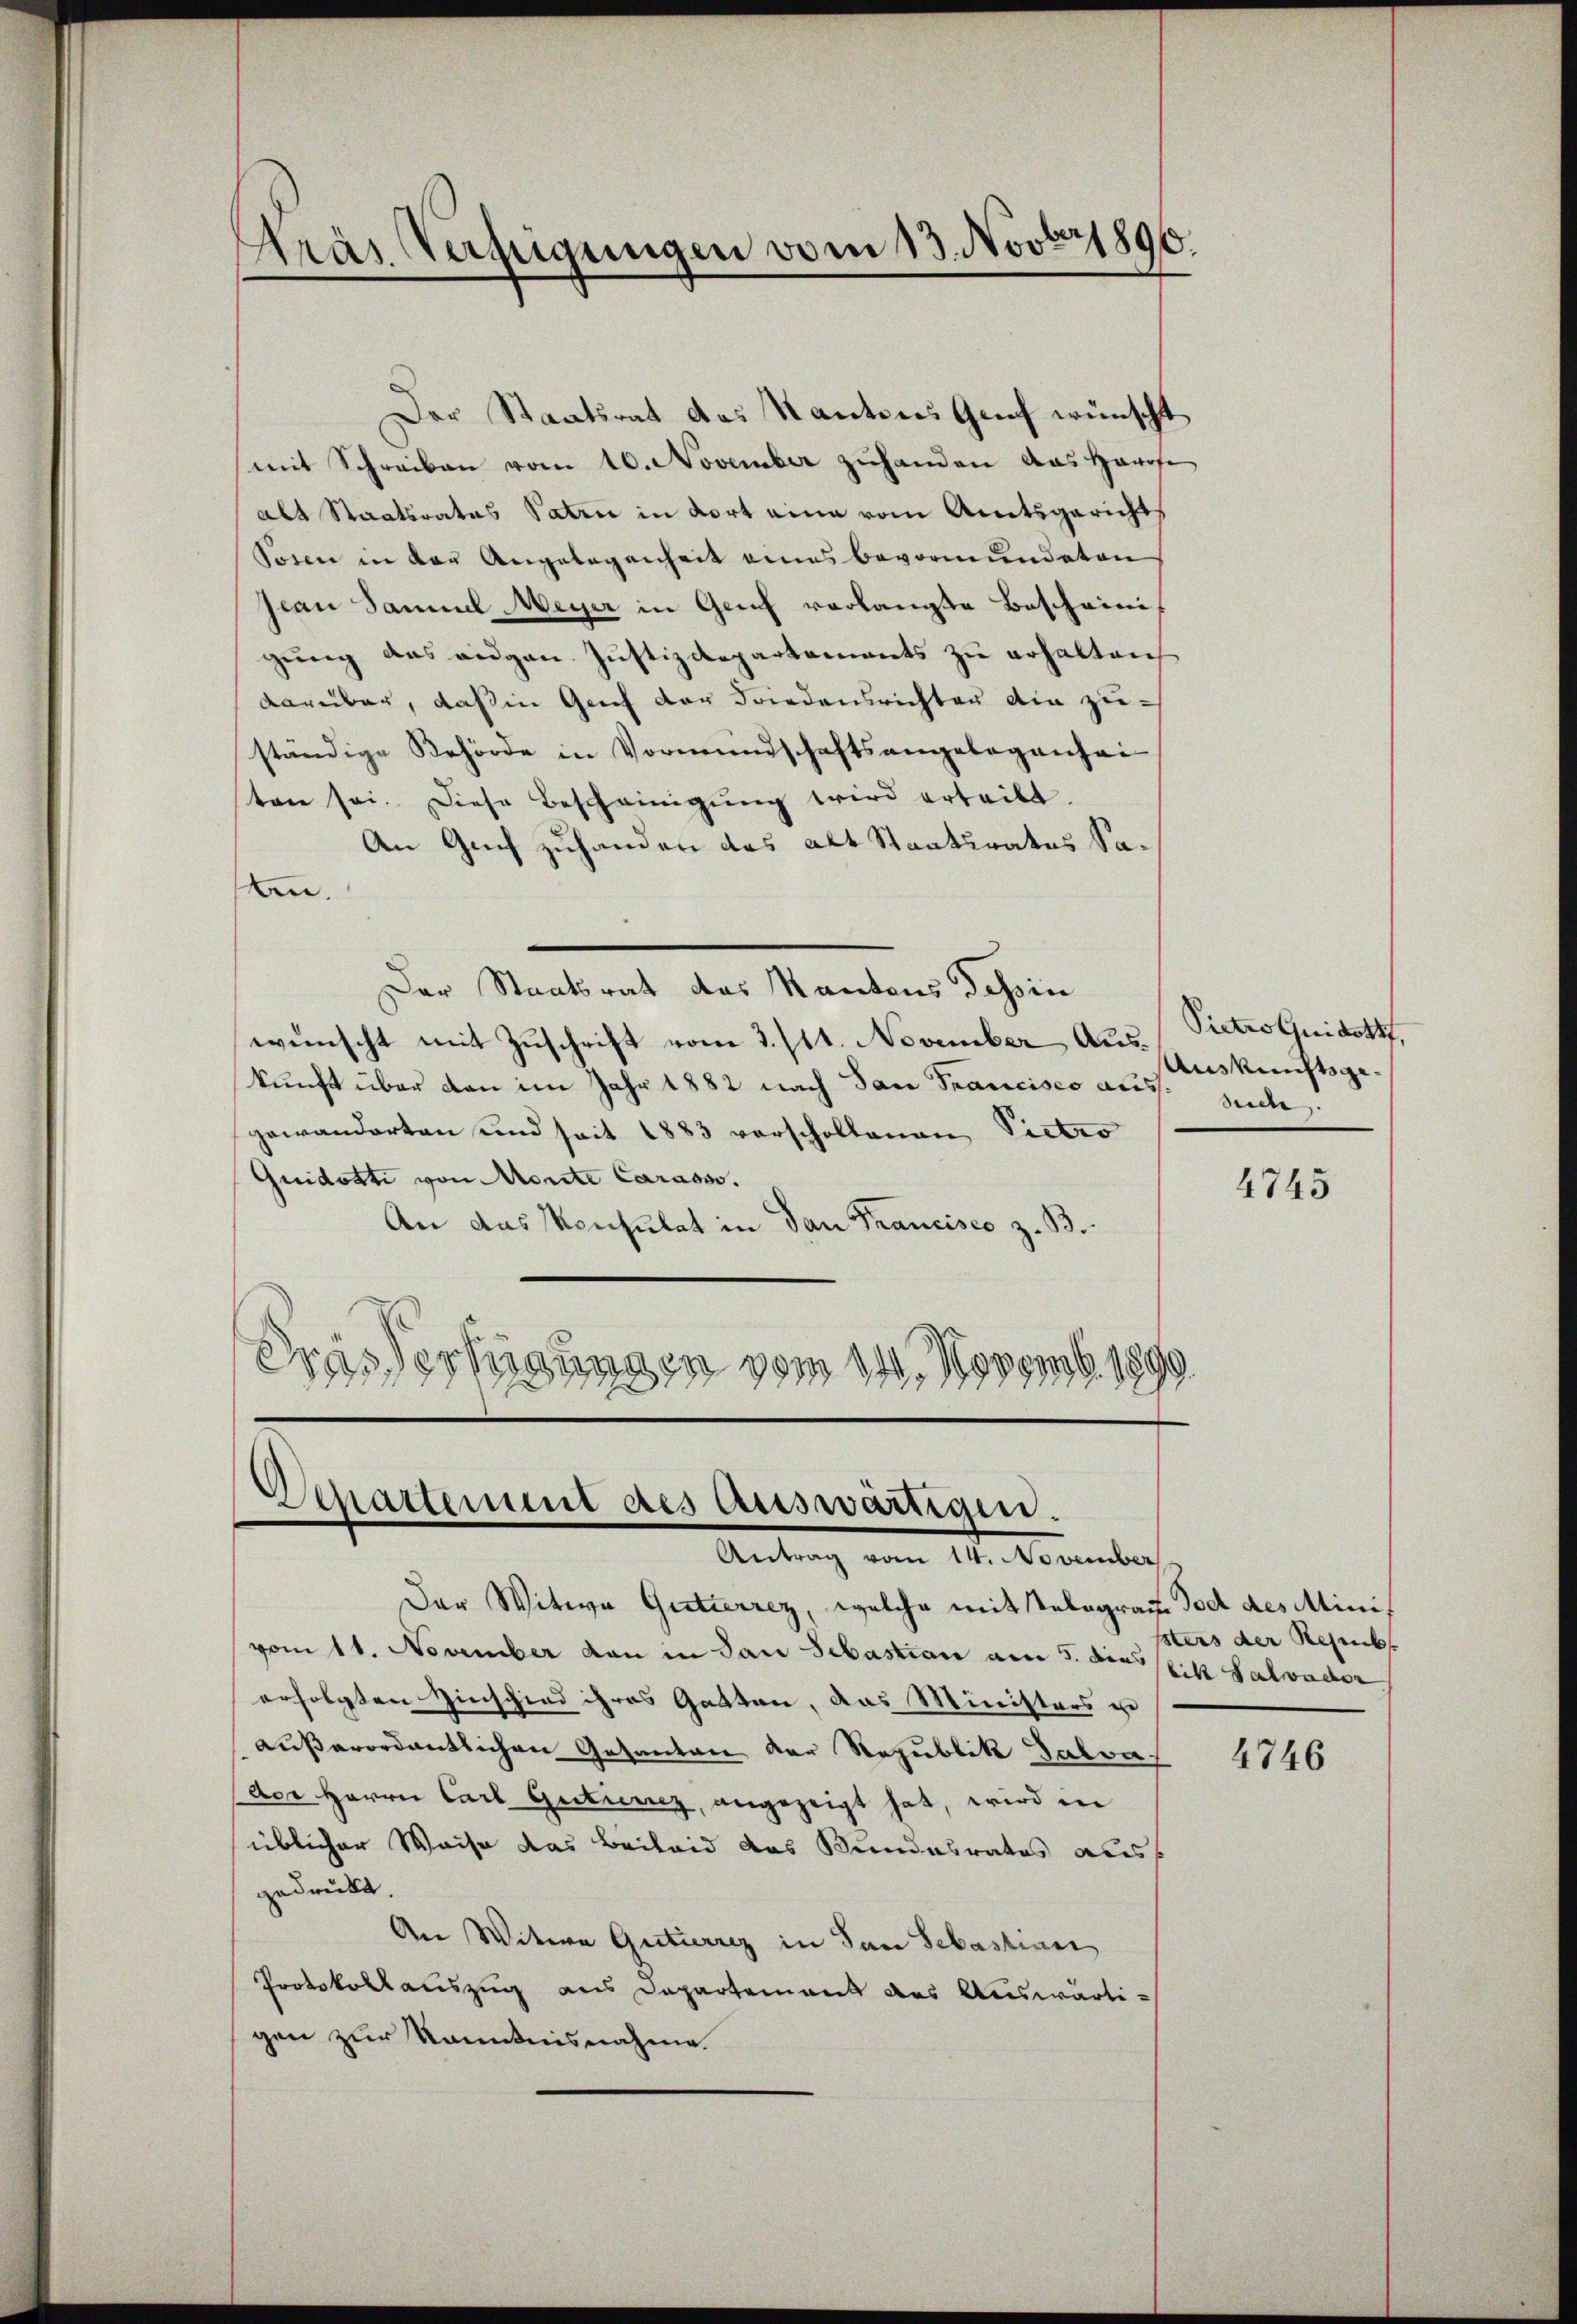
Aräs Verfügungen vom 13. Novbr 1890.

Der Staatsrat des Kantons Genf wünscht
mit Schreiben vom 10. November zuhanden das Harofe
als Staatsrates Paten in dort eine vom Amtsgerichts
Tosen in der Angelegenheit eines bevormundeten
Jean Samuel Meyer in Genf vorlangte Bescheinigung das eidgen. Justizdepartements zu erhalten,
darüber, daß in Genf der Friedensrichter die zu-
ständige Behörde in Vormundschaftsangelegenhei
ten sei. Diese Bescheinigŭng wird ertritt.
An Genf zuhanden das alt Staatsrates Sa¬
An.
Der Staatsrat des Kantons Tessin
wünscht mit Zuschrift vom 3./11. November Auskunft über den im Jahr 1882 nach dan Francisco aus suche
gewanderten und seit 1883 vorschollenen Pietro
Quidotti von Monte Carasso.
An das Monsulat in dan Francisco z. B.
Grässerfügungen vom 14. Novemb. 1891

d
Schattet des auswärtigen.
Antrag vom 14. November

Der Witwe Gutterrez, welche mit Telegram Tod des Minis
vom 11. November dan in San Sebastian am 5. dies ist Salvader
erfolgten Hinschied ihres Gatten, das Ministers zu
außerordentlichen Gesanden der Republik Galva
(der Herrn Carl Gutierez, angezeigt hat, wird in
üblicher Weise das Beilaid das Bundesrates aus
gedrückt.
An Witwe Gutierrez in San Sebastian
Protokollauszug aus Departement des Auswärtigen zur Kenntnisnahme

Pietro Guidott
Ausreichtsge¬

4745

sters der Rembr

4746